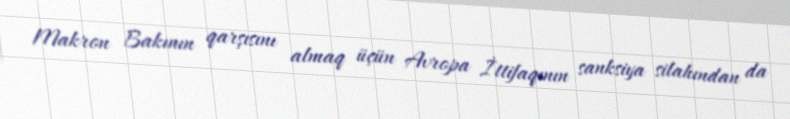
Makron Bakının qarşısını almaq üçün Avropa İttifaqının sanksiya silahından da